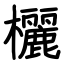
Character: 欐